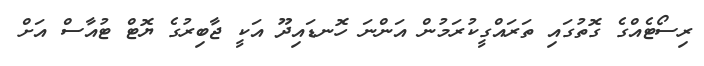
ރިސޯޓެއްގެ ގޮތުގައި ތަރައްގީކުރަމުން އަންނަ ހޮނޑައިދޫ އަކީ ޖާބިރުގެ ޔޮޓް ޓުއާސް އަށް